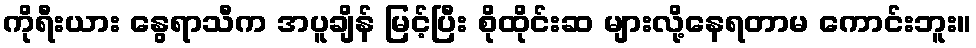
ကိုရီးယား နွေရာသီက အပူချိန် မြင့်ပြီး စိုထိုင်းဆ များလို့နေရတာမ ကောင်းဘူး။